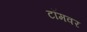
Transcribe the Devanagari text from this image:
टॉमवर